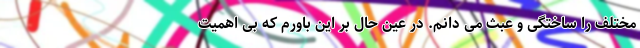
مختلف را ساختگی و عبث می دانم. در عین حال بر این باورم که بی اهمیت